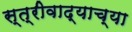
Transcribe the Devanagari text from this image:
स्त्रीवाद्याच्या